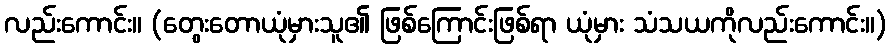
လည်းကောင်း။ (တွေးတောယုံမှားသူ၏ ဖြစ်ကြောင်းဖြစ်ရာ ယုံမှား သံသယကိုလည်းကောင်း။)